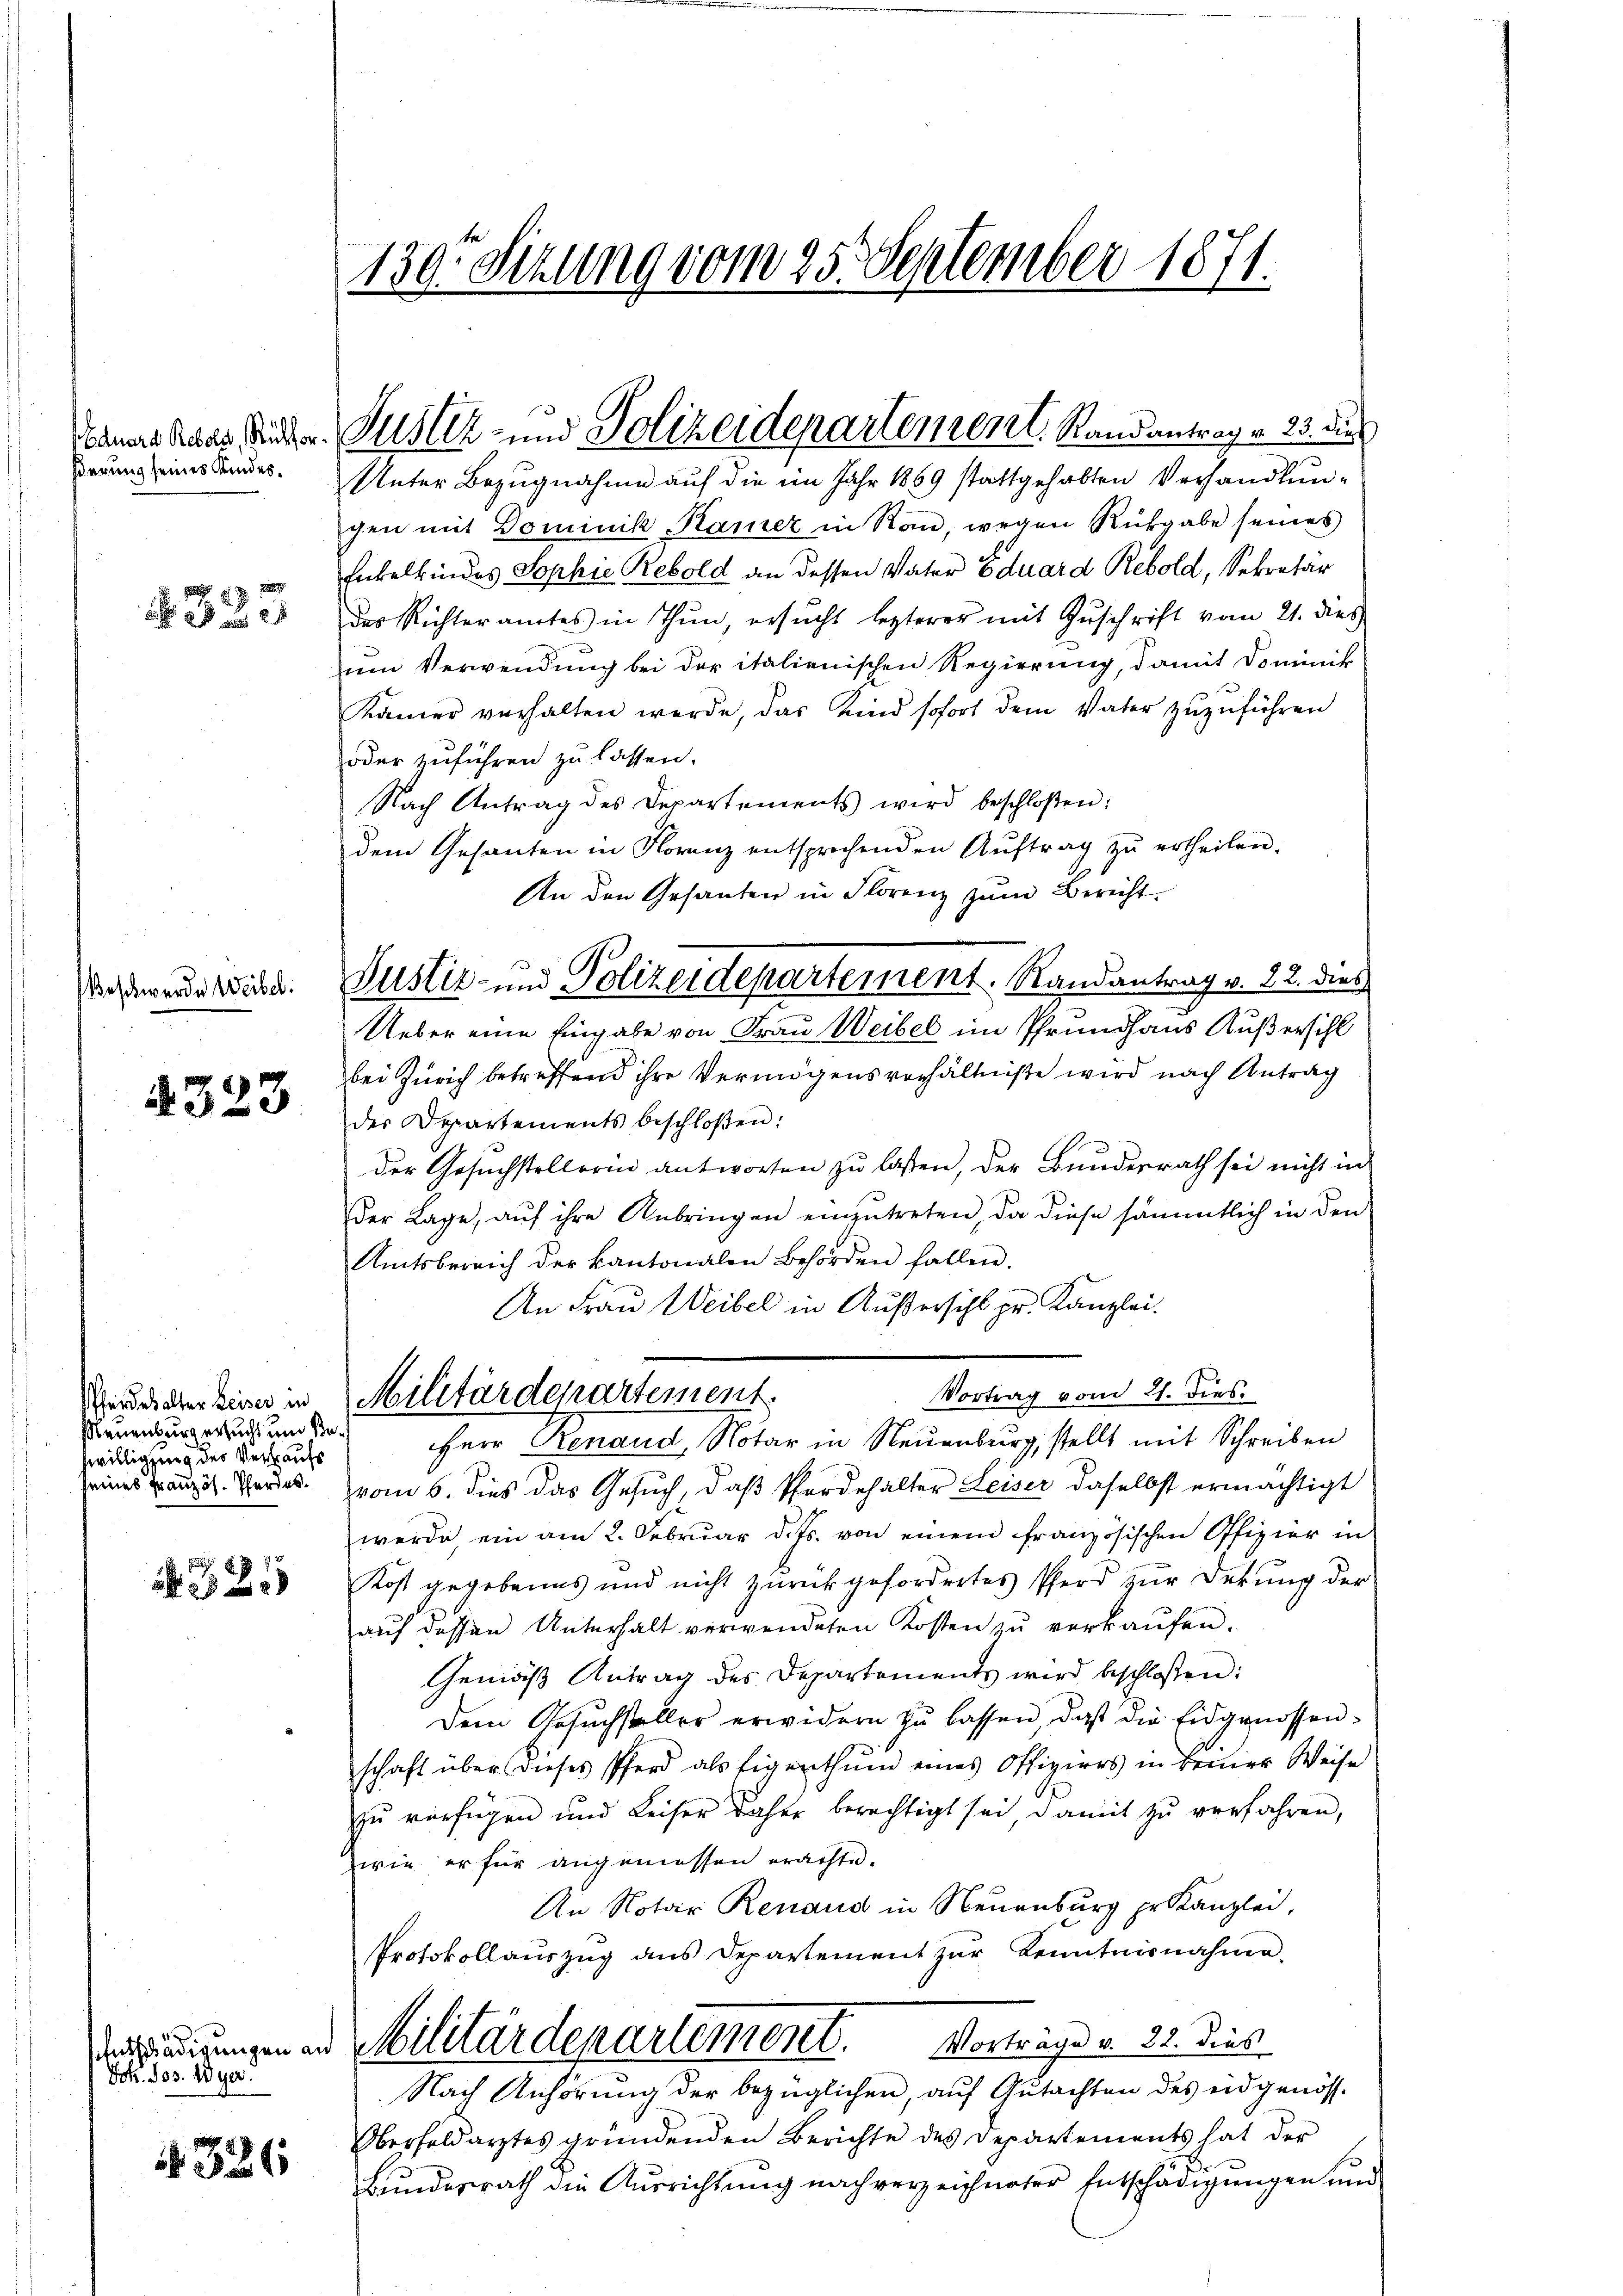
ßerung seines Kindes¬

§ 333.

Beschwerden Weibel.

§323

Pferdes alter Leiser in
Neuenburg ersucht und Bewilligung des Verkaufs
seines Französ. Pferdes

325

Jok. Jos. Wyer.

1326

130. Sizung vom 25. September 1871.

.
Unter Bezugnahme auf die im Jahr 1869 stattgehabten Verhandlungen mit Dominik, Kamer in Rau, wegen Rückgabe seines
Enkelkindes Sophie Rebold an dessen Vater Eduard Rebold, Sekretar
des Richteramtes in Thun, ersŭcht lezterer mit Zŭschrift vom 21. dies
um Verwendung bei der italienischen Regierung, damit Dominik
Kamer verhalten werde, das Kind sofort dem Vater zŭzŭführen
oder zuführen zu lassen.
Nach Antrag des Departements wird beschloßen:
dem Gesanten in Forenz entsprechenden Aŭftrag zŭ ertheilen.
An den Gesanten in Florenz zum Bericht.
Ueber eine Eingabe von Frau Weibel im Pfrundhaus Außersihl
bei Zürich betreffend ihre Vermögensverhältniße wird nach Antrag
der Departements beschloßen:
Der Gesuchstellerin antworten zu laßen, der Bunderrath sei nicht in
Der Lage, auf ihre Anbringen einzutreten, da diese sämmtlich in den
Amtsbereich der kantonalen Behörden fallen.
An Frau Weibel in Außersihl pr. Kanzlei.
Vortrag vom 21. dies
Militärdepartement.
Herr Renaud, Notar in Neuenburg, stellt mit Schreiben
vom 6. dies das Gesuch, daß Pferdehalter Leiser daselbst ermächtigt
werde, ein am 2. Februar d. Js. von einem französischen Offizier in
Kost gegebenes und nicht zurückgefordertes Pferd zur Dekŭng der
auf dessen Unterhalt verwendeten Kosten zu verkaufen.
Gemäß Antrag des Departements wird beschlossen:
Dem Gesuchsteller erwidern zŭ lassen, daß die Eidgenossenschaft über dieses Pferd als Eigenthum eines Offiziers in Beiner Weise
zu verfügen und Keiser daher berechtigt sei, damit zu verfahren,
wie er für angemessen erachte.
An Notar Renaud in Neuenburg pr. Kanzlei,
Protokollauszug aus Departement zur Kenntnisnahme,
Banirungen in Militärdepartement. Vorträge v. 22. Dies
Nach Anhörung der bezüglichen, auf Gutachten des eidgenöss¬
Oberfeldarztes gründenden Berichte des Departements hat der
Bŭndesrath die Aŭsrichtŭng nach verzeichneter Entschädigŭngen und

Tanne das Winter Justiz- und Polizeidepartement. Randantrag v. 23. die

Justiz- und Polizeidepartement. Randantrag v. 22. dies